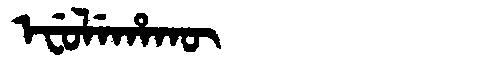
Manchu: ᡝᠸᡠᠯᡝᡥᠠᡴᡡ
Romanization: EFULEHAKŪ